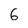
Character: 6